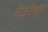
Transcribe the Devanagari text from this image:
वेंकटेश्वरन